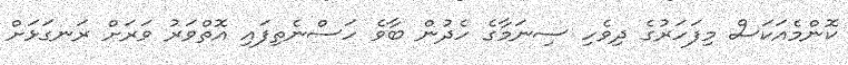
ކޮންމެއަކަސް މިފަހަރުގެ ދިވެހި ސިނަމާގެ ހެދުން ބާވެ ހަސްނެތިފައި އޮތްވަރު ވަރަށް ރަނގަޅަށް